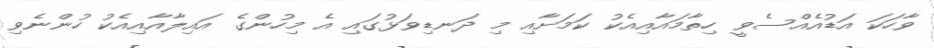
ވާހަކަ އަޑުއެއްސެވީ ހިތާމައާއިއެކު ކަމަށާއި މި ދަނޑިވަޅުގައި އެ މިހުންގެ އައިލާއާއިއެކު ހުންނެވި